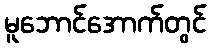
မူဘောင်အောက်တွင်